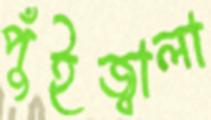
পুঁইজ্বালা